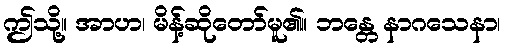
ဤသို့။ အာဟ၊ မိန့်ဆိုတော်မူ၏။ ဘန္တေ နာဂသေနာ၊